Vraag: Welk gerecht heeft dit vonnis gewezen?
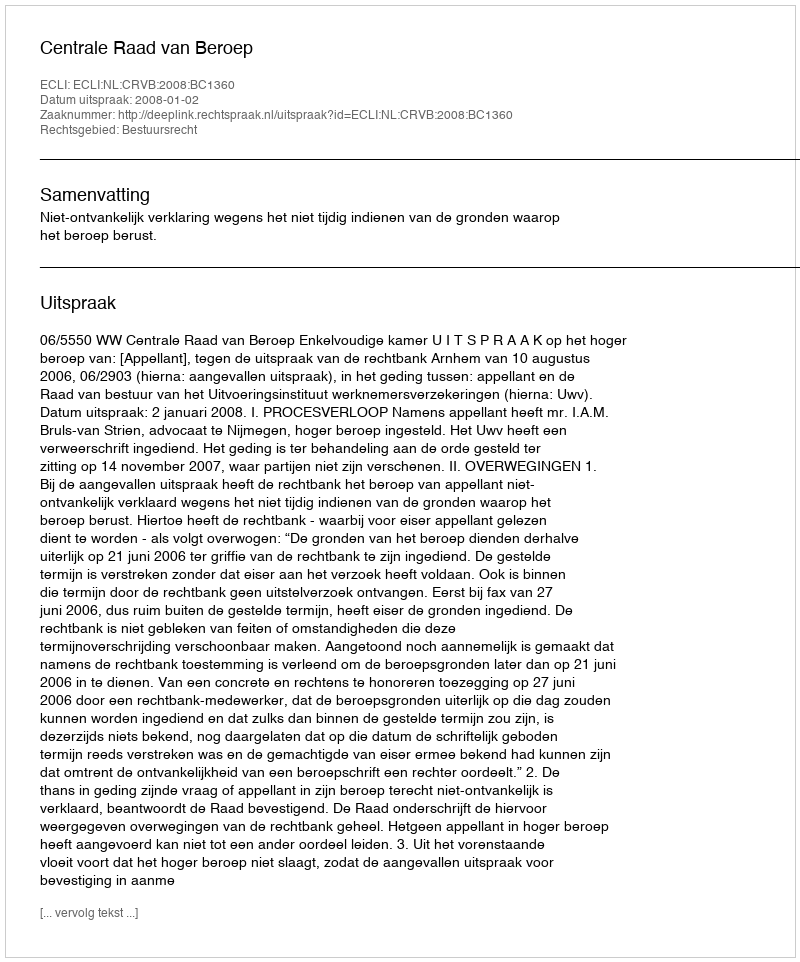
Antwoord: Centrale Raad van Beroep